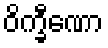
ဝိက္ခီဏော